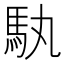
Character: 𮩳